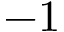
- 1